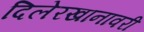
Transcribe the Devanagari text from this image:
दिलेरखानावरी